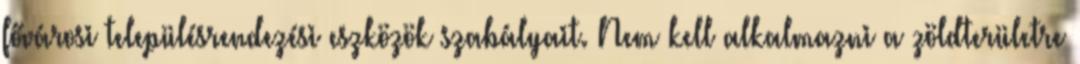
fővárosi településrendezési eszközök szabályait. Nem kell alkalmazni a zöldterületre